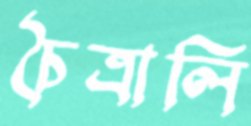
চৈত্রালি